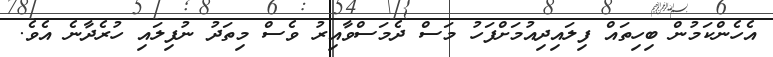
އެހެންކަމުން ބިހިތައް ފިލައިދިއުމަށްފަހު މަސް ދެމަސްވާއިރު ވެސް މިތަދު ނުފިލައި ހުރެދާނެ އެވެ.